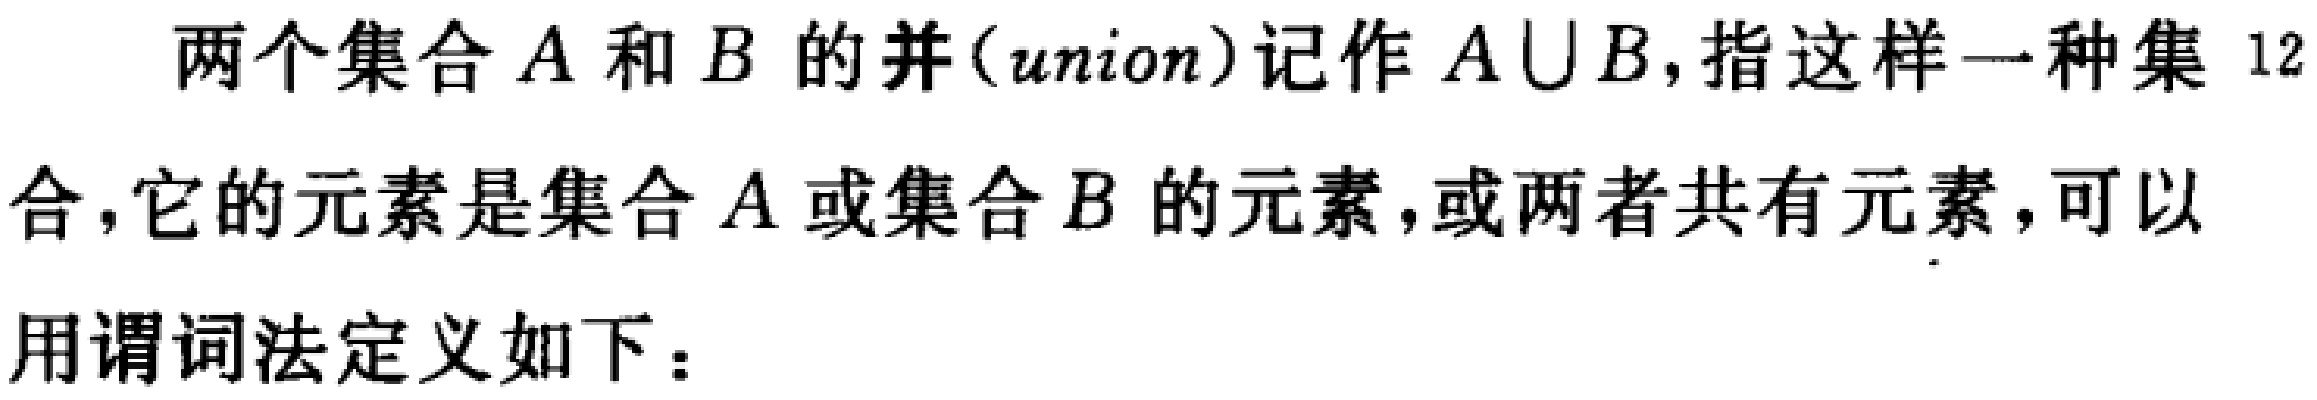
两个集合\(A\)和\(B\)的并(\(union\))记作\(A\cup B\)，指这样一种集合，它的元素是集合\(A\)或集合\(B\)的元素，或两者共有元素，可以用谓词法定义如下：